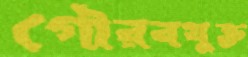
গৌরবযুক্ত